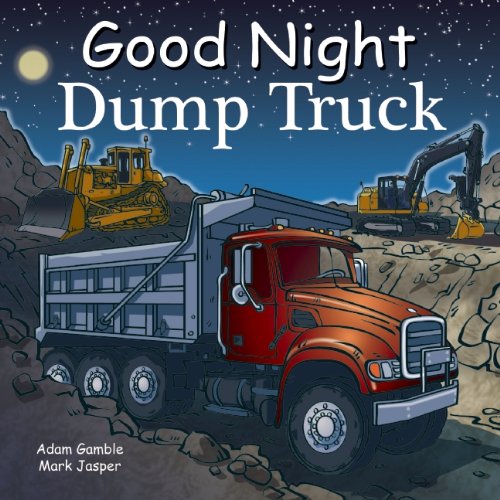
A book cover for Good Night Dump Truck (Good Night Our World); Adam Gamble; Children's Books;